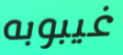
غيبوبه